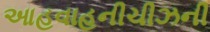
આહવાહનીચીઝની